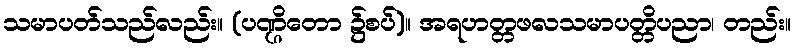
သမာပတ်သည်လည်း။ (ပဏ္ဌိတော ၌စပ်)။ အရဟတ္တဖလသမာပတ္တိပညာ၊ တည်း။